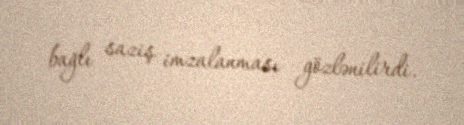
bağlı saziş imzalanması gözlənilirdi.